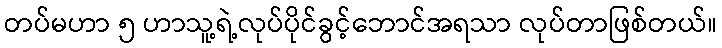
တပ်မဟာ ၅ ဟာသူ့ရဲ့လုပ်ပိုင်ခွင့်ဘောင်အရသာ လုပ်တာဖြစ်တယ်။